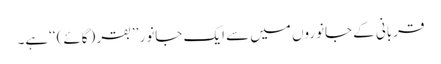
قربانی کے جانوروں میں سے ایک جانور ’’بقر (گائے) ‘‘ہے۔